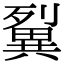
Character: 𤳓